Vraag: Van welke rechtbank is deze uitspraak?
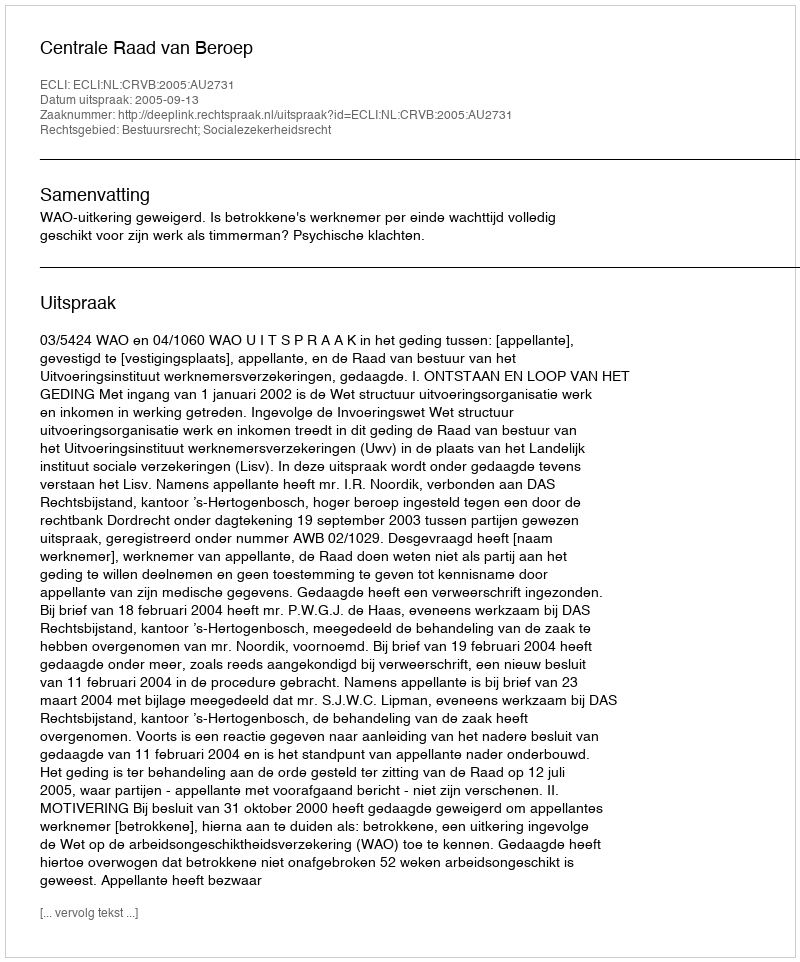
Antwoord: Centrale Raad van Beroep